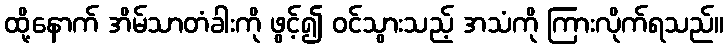
ထို့နောက် အိမ်သာတံခါးကို ဖွင့်၍ ဝင်သွားသည့် အသံကို ကြားလိုက်ရသည်။